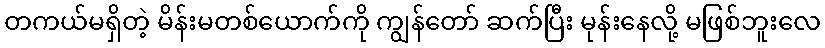
တကယ်မရှိတဲ့ မိန်းမတစ်ယောက်ကို ကျွန်တော် ဆက်ပြီး မုန်းနေလို့ မဖြစ်ဘူးလေ